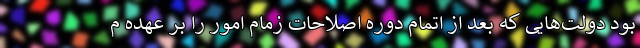
بود دولت‌هایی که بعد از اتمام دوره اصلاحات زمام امور را بر عهده م